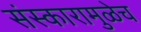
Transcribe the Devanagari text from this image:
संस्कारामुळेच